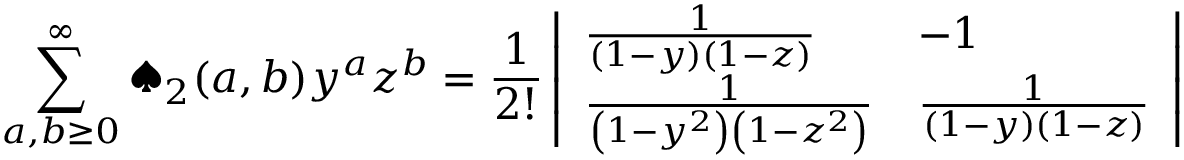
\sum _ { a , b \geq 0 } ^ { \infty } \spadesuit _ { 2 } ( a , b ) y ^ { a } z ^ { b } = \frac { 1 } { 2 ! } \left| \begin{array} { l l } { \frac { 1 } { \left( 1 - y \right) \left( 1 - z \right) } } & { - 1 } \\ { \frac { 1 } { \left( 1 - y ^ { 2 } \right) \left( 1 - z ^ { 2 } \right) } } & { \frac { 1 } { \left( 1 - y \right) \left( 1 - z \right) } } \end{array} \right|